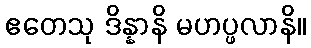
ဧတေသု ဒိန္နာနိ မဟပ္ဖလာနိ။